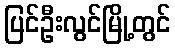
ပြင်ဦးလွင်မြို့တွင်